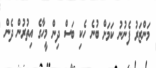
މަންޒަރު ފެނުނު ކަމަށް ބުނެ ހެކި ބަސް ދިން މީހާގެ އިތުރުން ދެން